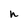
Character: h